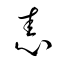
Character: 恚